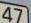
47